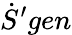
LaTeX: {\dot{S}}^{\prime}gen